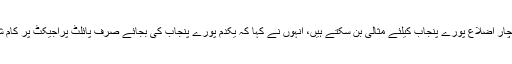
سیمینار سے خطاب کرتے ہوئے چیف جسٹس سید منصور علی شاہ کا کہنا تھا کہ پراجیکٹ میں شامل چار اضلاع پورے پنجاب کیلئے مثالی بن سکتے ہیں، انہوں نے کہا کہ یکدم پورے پنجاب کی بجائے صرف پائلٹ پراجیکٹ پر کام شروع کیا گیا، ان اضلاع میں نارکوٹکس اور مرڈر ٹرائل کے مقدمات باقی مقدمات کی نسبت زیادہ ہیں۔